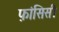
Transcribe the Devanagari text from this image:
फ़ांसिसी